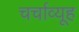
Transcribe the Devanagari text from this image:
चर्चाव्यूह